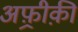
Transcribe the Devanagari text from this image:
अफ़्रीक़ी